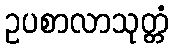
ဥပစာလာသုတ္တံ